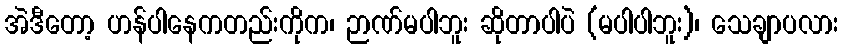
အဲဒီတော့ ဟန်ပါနေကတည်းကိုက၊ ဉာဏ်မပါဘူး ဆိုတာပါပဲ (မပါပါဘူး)၊ သေချာပလား